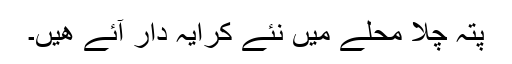
پتہ چلا محلے میں نئے کرایہ دار آئے ھیں۔